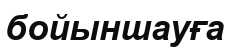
бойыншауға